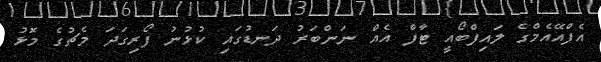
އެފްއޭއެމްގެ ލައިފްބޯއީ ޓާފް އެއް ނަންބަރު ދަނޑުގައި ކުޅުނުު ފޯރިގަދަ މެޗުގެ މޮޅު